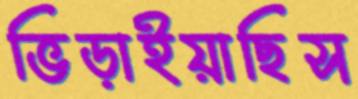
ভিড়াইয়াছিস